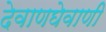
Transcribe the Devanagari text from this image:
देवाणघेवाणी